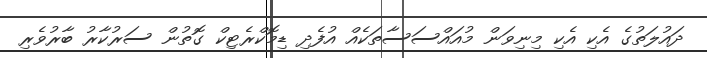
ދައުލަތުގެ އެކި އެކި މިނިވަން މުއައްސަސާތަކެއް އުފެދި ޑިމޮކްރެޓިކް ގޮތުން ސަރުކާރު ބާރުވެރި